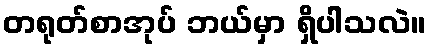
တရုတ်စာအုပ် ဘယ်မှာ ရှိပါသလဲ။